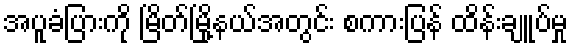
အပူခံပြားကို မြိတ်မြို့နယ်အတွင်း စကားပြန် ထိန်းချူပ်မှု